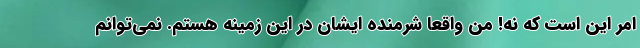
امر این است که نه! من واقعاً شرمنده ایشان در این زمینه هستم. نمی‌توانم